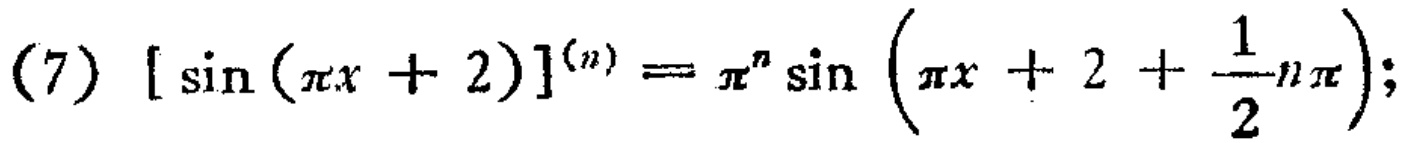
(7) $[\sin(\pi x + 2)]^{(n)} = \pi^{n}\sin\left(\pi x + 2+\frac{1}{2}n\pi\right);$